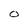
Character: O